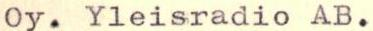
Oy. Yleisradio AB.